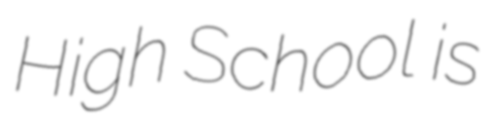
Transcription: High School is